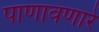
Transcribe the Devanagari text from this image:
पाणावणारे